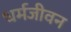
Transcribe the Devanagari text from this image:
धर्मजीवन